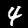
Digit: 4